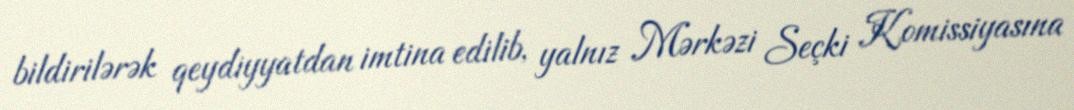
bildirilərək qeydiyyatdan imtina edilib, yalnız Mərkəzi Seçki Komissiyasına